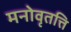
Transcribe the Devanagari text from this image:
मनोवृतत्ति